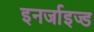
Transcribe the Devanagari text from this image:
इनर्जाइज्ड